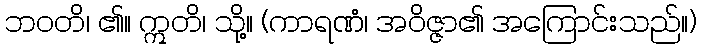
ဘဝတိ၊ ၏။ ဣတိ၊ သို့။ (ကာရဏံ၊ အဝိဇ္ဇာ၏ အကြောင်းသည်။)